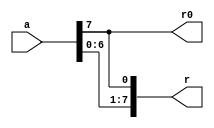
`timescale 1ns / 1ps

module eight_bit_CLS(

        input  [7:0] a,
        output [7:0] r,
        output       r0
    );
    
   assign  r = {a[6:0],a[7]};
   assign  r0 = r[0];     
        
endmodule